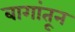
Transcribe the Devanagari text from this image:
बागांतून